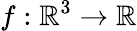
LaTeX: f:\mathbb{R}^{3}\to\mathbb{R}